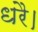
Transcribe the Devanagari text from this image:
धरै।